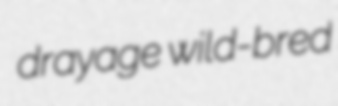
drayage wild-bred